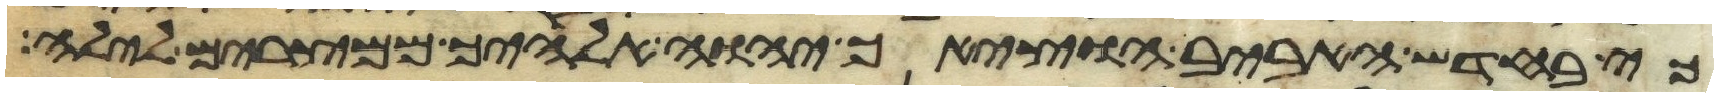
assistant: כי בחדש האביב הוציאך יהוה אלהיך ממצרים לילה